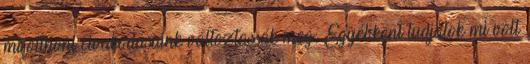
mi otthoni civakodásaink változtassák meg: Egyébként tudjátok mi volt